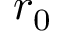
r _ { 0 }